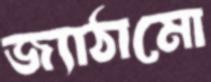
জ্যাঠামো